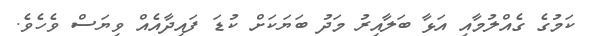
ކަމުގެ ގެއްލުމާއި އަޅާ ބަލާއިރު މަދު ބަޔަކަށް ކުޑަ ފައިދާއެއް ވިޔަސް ވެހެވެ.